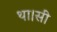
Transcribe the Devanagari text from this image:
था।सी